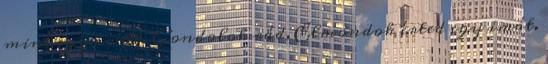
mint egy imát. Gondolok rád, Elmondok érted egy imát.